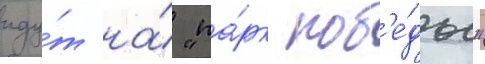
иду́т на́ "па́рк поб'е́ды"